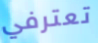
تعترفي